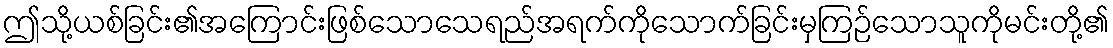
ဤသို့ယစ်ခြင်း၏အကြောင်းဖြစ်သောသေရည်အရက်ကိုသောက်ခြင်းမှကြဉ်သောသူကိုမင်းတို့၏